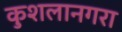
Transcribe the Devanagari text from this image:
कुशलानगरा